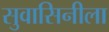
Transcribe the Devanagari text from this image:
सुवासिनीला